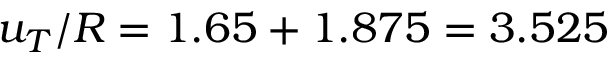
u _ { T } / R = 1 . 6 5 + 1 . 8 7 5 = 3 . 5 2 5